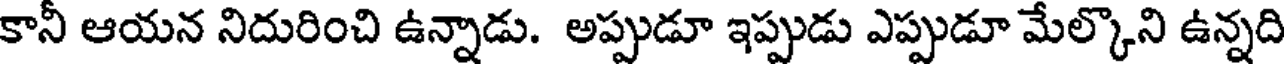
కానీ ఆయన నిదురించి ఉన్నాడు. అప్పుడూ ఇప్పుడు ఎప్పుడూ మేల్కొని ఉన్నది